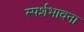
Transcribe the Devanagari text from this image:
स्पर्शभावना